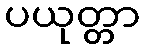
ပယုတ္တာ